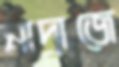
মাদ্রাজে